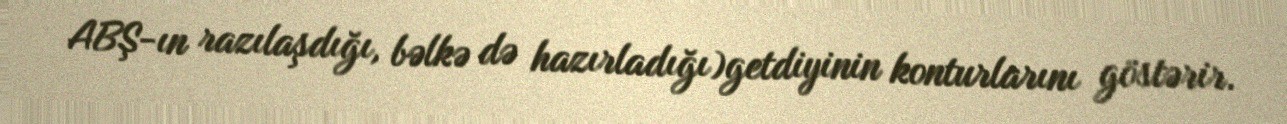
ABŞ-ın razılaşdığı, bəlkə də hazırladığı)getdiyinin konturlarını göstərir.